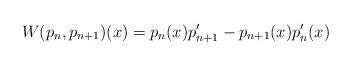
LaTeX: \begin{align*}W(p_n,p_{n+1})(x)=p_n(x) p'_{n+1}-p_{n+1}(x)p'_{n}(x)\end{align*}